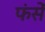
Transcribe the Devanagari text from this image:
फंसें